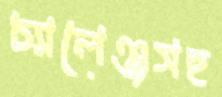
চ্যালেঞ্জসহ